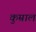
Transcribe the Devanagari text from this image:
कुम्राल